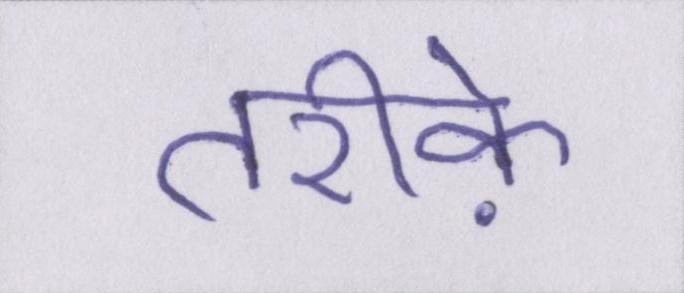
तरीके़